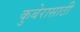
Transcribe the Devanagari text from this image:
कुबेरासाठी